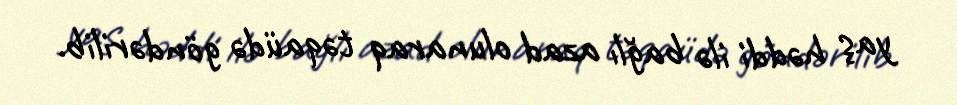
yaş həddi ilə bağlı azad olunaraq təqaüdə göndərilib.